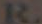
R.